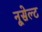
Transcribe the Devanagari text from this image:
नूसेल्ट